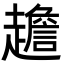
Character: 䟋